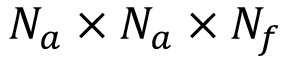
N _ { a } \times N _ { a } \times N _ { f }